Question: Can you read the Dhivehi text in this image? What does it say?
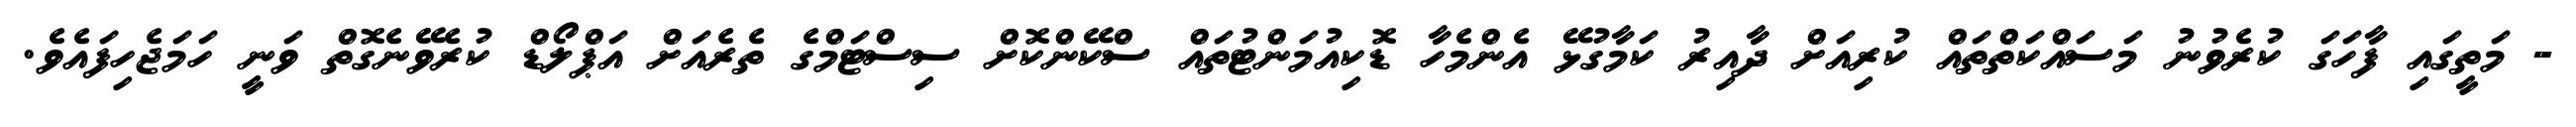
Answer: - މަތީގައި ފާހަގަ ކުރެވުނު މަސައްކަތްތައް ކުރިއަށް ދާއިރު ކަމާގުޅޭ އެންމެހާ ޑޮކިއުމަންޓުތައް ސްކޭންކޮށް ސިސްޓަމްގެ ތެރެއަށް އަޕްލޯޑް ކުރެވޭނެގޮތް ވަނީ ހަމަޖެހިފައެވެ.